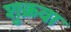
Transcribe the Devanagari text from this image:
शुक्रवा